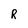
Character: R